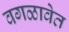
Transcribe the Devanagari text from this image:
वगळावेत